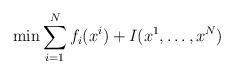
LaTeX: \begin{align*}\min \sum_{i=1}^N f_i(x^i) + I(x^1,\dots,x^N)\end{align*}